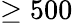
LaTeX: \ge 500